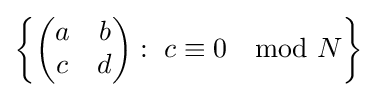
\left\{{\begin{pmatrix}a&b\\c&d\end{pmatrix}}:\ c\equiv 0\mod N\right\}